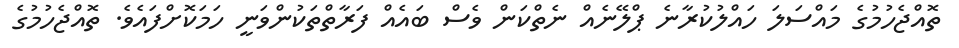
ތޮއްޖެހުމުގެ މައްސަލަ ހައްލުކުރާނެ ޕްލޭނެއް ނެތްކަން ވެސް ބައެއް ފަރާތްތަކުންވަނީ ހަމަކޮށްފައެވެ. ތޮއްޖެހުމުގެ